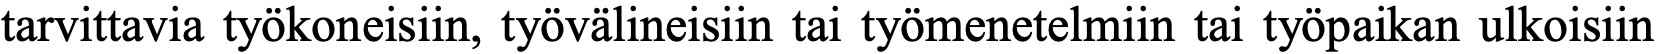
tarvittavia työkoneisiin, työvälineisiin tai työmenetelmiin tai työpaikan ulkoisiin